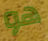
هو